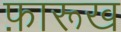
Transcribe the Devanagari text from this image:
फ़ारूख